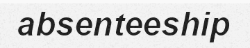
absenteeship